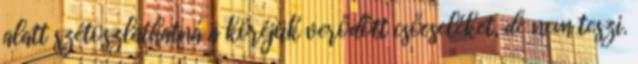
alatt szétoszlathatná a köréjük verődött csőcseléket, de nem teszi.